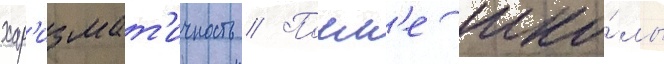
хар'измат'ичность // Посл'е шко́лы